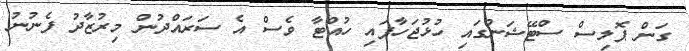
ގަން ޕޮލިސް ސްޓޭޝަނުގައި ހުޅުޖަހާފައި ހުއްޓާ ވެސް އެ ސަރައްދުން މިރުޒާދު ފެނުނު